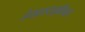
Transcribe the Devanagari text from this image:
हेयरस्टाइलिस्ट